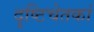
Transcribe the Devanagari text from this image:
दृष्टिचेतकां